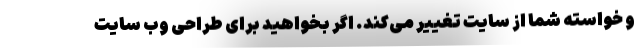
و خواسته شما از سایت تغییر می‌کند. اگر بخواهید برای طراحی وب سایت